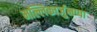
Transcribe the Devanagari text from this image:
मल्लिकार्जुनप्पा